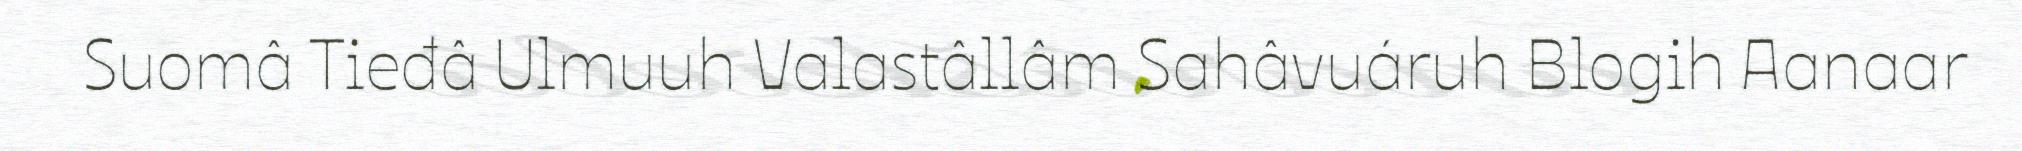
Suomâ Tieđâ Ulmuuh Valastâllâm Sahâvuáruh Blogih Aanaar